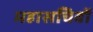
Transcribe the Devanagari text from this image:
महासचिवों